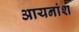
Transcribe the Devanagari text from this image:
आयनांश